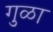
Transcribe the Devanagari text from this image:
गुळा